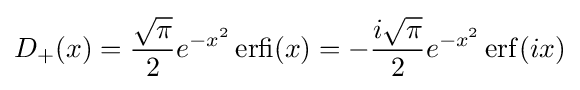
D_{+}(x)={{\sqrt {\pi }} \over 2}e^{-x^{2}}\operatorname {erfi} (x)=-{i{\sqrt {\pi }} \over 2}e^{-x^{2}}\operatorname {erf} (ix)